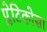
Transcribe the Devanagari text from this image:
प्लेटिकोसा